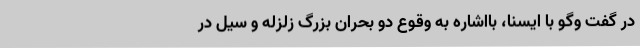
در گفت وگو با ایسنا، بااشاره به وقوع دو بحران بزرگ زلزله و سیل در